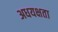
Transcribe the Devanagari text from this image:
अधयक्षता